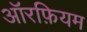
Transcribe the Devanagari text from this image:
ऑरफ़ियम